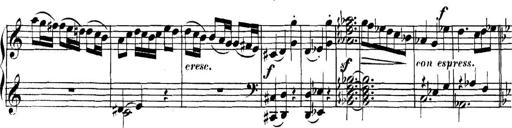
Title: Collected Piano Sonatas
Composer: Muzio Clementi